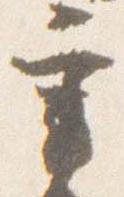
宰